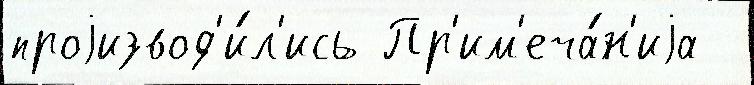
проjизвод'и́л'ись Пр'им'еча́н'иjа